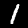
Digit: 1